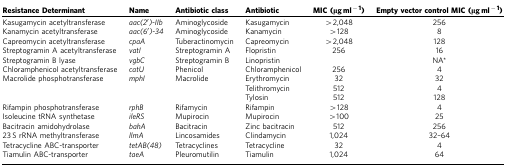
<table><thead><tr><td><b>Resistance Determinant</b></td><td><b>Name</b></td><td><b>Antibiotic class</b></td><td><b>Antibiotic</b></td><td><b>MIC (μg ml<sup>−1</sup>)</b></td><td><b>Empty vector control MIC (μg ml<sup>−1</sup>)</b></td></tr></thead><tbody><tr><td>Kasugamycin acetyltransferase</td><td><i>aac(2′)-IIb</i></td><td>Aminoglycoside</td><td>Kasugamycin</td><td>&gt;2,048</td><td>256</td></tr><tr><td>Kanamycin acetyltransferase</td><td><i>aac(6′)-34</i></td><td>Aminoglycoside</td><td>Kanamycin</td><td>&gt;128</td><td>8</td></tr><tr><td>Capreomycin acetyltransferase</td><td><i>cpaA</i></td><td>Tuberactinomycin</td><td>Capreomycin</td><td>&gt;2,048</td><td>128</td></tr><tr><td>Streptogramin A acetyltransferase</td><td><i>vatI</i></td><td>Streptogramin A</td><td>Flopristin</td><td>256</td><td>16</td></tr><tr><td>Streptogramin B lyase</td><td><i>vgbC</i></td><td>Streptogramin B</td><td>Linopristin</td><td> </td><td>NA*</td></tr><tr><td>Chloramphenicol acetyltransferase</td><td><i>catU</i></td><td>Phenicol</td><td>Chloramphenicol</td><td>256</td><td>4</td></tr><tr><td>Macrolide phosphotransferase</td><td><i>mphI</i></td><td>Macrolide</td><td>Erythromycin</td><td>32</td><td>32</td></tr><tr><td> </td><td> </td><td> </td><td>Telithromycin</td><td>512</td><td>4</td></tr><tr><td> </td><td> </td><td> </td><td>Tylosin</td><td>512</td><td>128</td></tr><tr><td>Rifampin phosphotransferase</td><td><i>rphB</i></td><td>Rifamycin</td><td>Rifampin</td><td>&gt;128</td><td>4</td></tr><tr><td>Isoleucine tRNA synthetase</td><td><i>ileRS</i></td><td>Mupirocin</td><td>Mupirocin</td><td>&gt;100</td><td>25</td></tr><tr><td>Bacitracin amidohydrolase</td><td><i>bahA</i></td><td>Bacitracin</td><td>Zinc bacitracin</td><td>512</td><td>256</td></tr><tr><td>23 S rRNA methyltransferase</td><td><i>llmA</i></td><td>Lincosamides</td><td>Clindamycin</td><td>1,024</td><td>32–64</td></tr><tr><td>Tetracycline ABC-transporter</td><td><i>tetAB(48)</i></td><td>Tetracyclines</td><td>Tetracycline</td><td>32</td><td>4</td></tr><tr><td>Tiamulin ABC-transporter</td><td><i>taeA</i></td><td>Pleuromutilin</td><td>Tiamulin</td><td>1,024</td><td>64</td></tr></tbody></table>